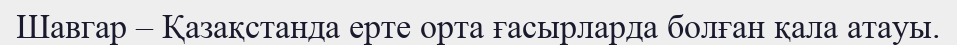
Шавгар – Қазақстанда ерте орта ғасырларда болған қала атауы.